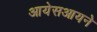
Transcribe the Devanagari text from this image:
आयेसआयने